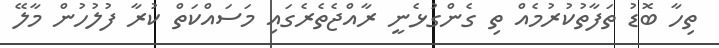
ތިހާ ބޮޑު ތަފާތުކުރުމެއް ތި ގެންގުޅެނީ ރާއްޖެތެރެގައި މަސައްކަތް ކުރާ ފުލުހުން މާލޭ